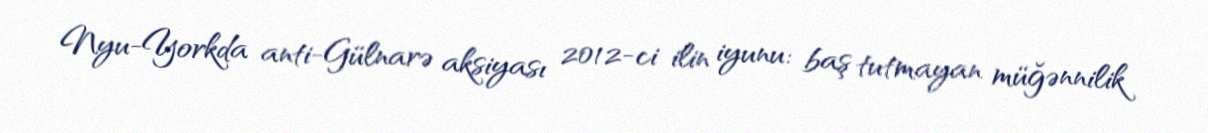
Nyu-Yorkda anti-Gülnarə aksiyası 2012-ci ilin iyunu: baş tutmayan müğənnilik